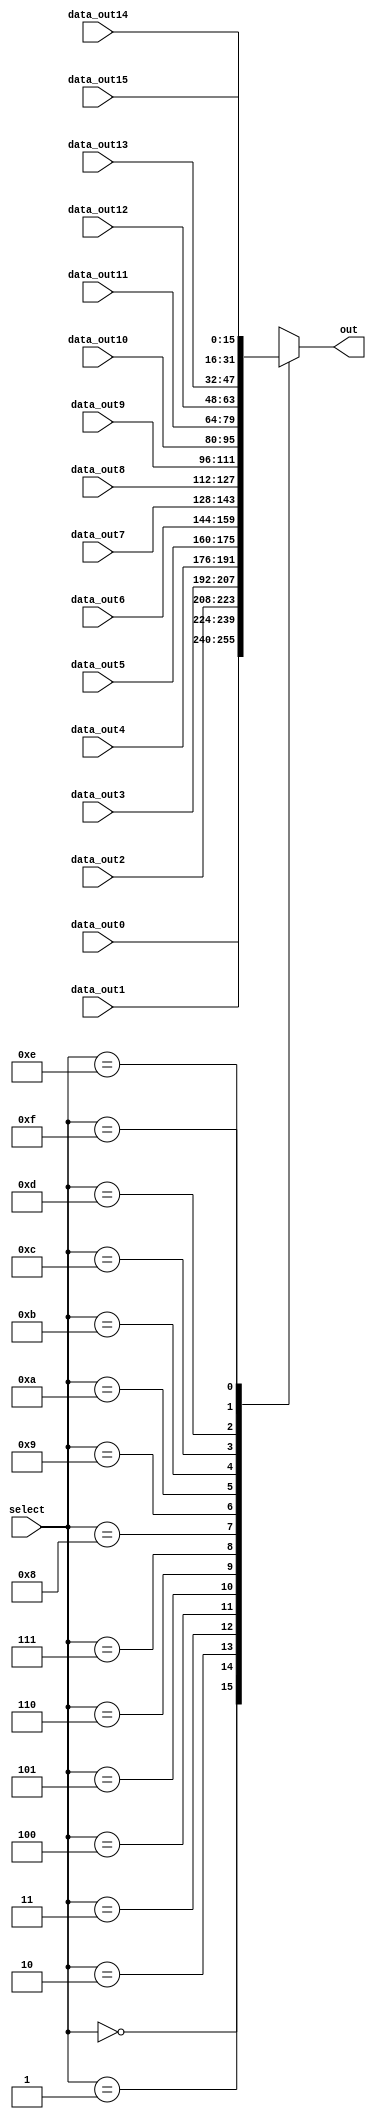
`timescale 1ns / 1ps
//////////////////////////////////////////////////////////////////////////////////
// Company: 
// Engineer: 
// 
// Design Name: 
// Module Name:    Mux16 
// Project Name: 
// Target Devices: 
// Tool versions: 
// Description: 
//
// Dependencies: 
//
// Revision: 
// Revision 0.01 - File Created
// Additional Comments: 
//
//////////////////////////////////////////////////////////////////////////////////
module Mux16(
	input [3:0] select,
	input [15:0] data_out0, data_out1, data_out2, data_out3, data_out4, data_out5, data_out6, data_out7, data_out8, data_out9, data_out10, data_out11, data_out12, data_out13, data_out14, data_out15,
	output reg [15:0] out
    );
	 always@(*) begin
			case (select)
			4'b0000: out = data_out0;
			4'b0001: out = data_out1;
			4'b0010: out = data_out2;
			4'b0011: out = data_out3;
			4'b0100: out = data_out4;
			4'b0101: out = data_out5;
			4'b0110: out = data_out6;
			4'b0111: out = data_out7;
			4'b1000: out = data_out8;
			4'b1001: out = data_out9;
			4'b1010: out = data_out10;
			4'b1011: out = data_out11;
			4'b1100: out = data_out12;
			4'b1101: out = data_out13;
			4'b1110: out = data_out14;
			4'b1111: out = data_out15; 			
			endcase
		end
endmodule